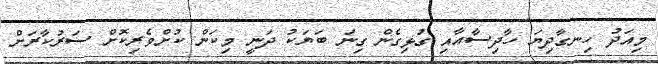
މިއަދު ހިނގާދިޔަ ހާދިސާއާއި ގުޅިގެން ގިނަ ބަޔަކު ދަނީ މިކަން ކުށްވެރިކޮށް ސަރުކާރަށް